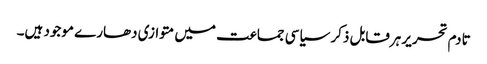
تادم تحریر ہرقابل ذکر سیاسی جماعت میں متوازی دھارے موجود ہیں۔